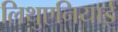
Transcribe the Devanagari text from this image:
लिथुएनियाई